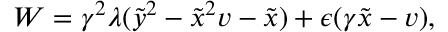
W = \gamma ^ { 2 } \lambda ( \tilde { y } ^ { 2 } - \tilde { x } ^ { 2 } v - \tilde { x } ) + \epsilon ( \gamma \tilde { x } - v ) ,